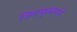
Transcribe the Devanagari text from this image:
जिवाणुसंसर्गाने